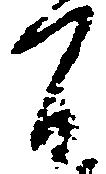
間